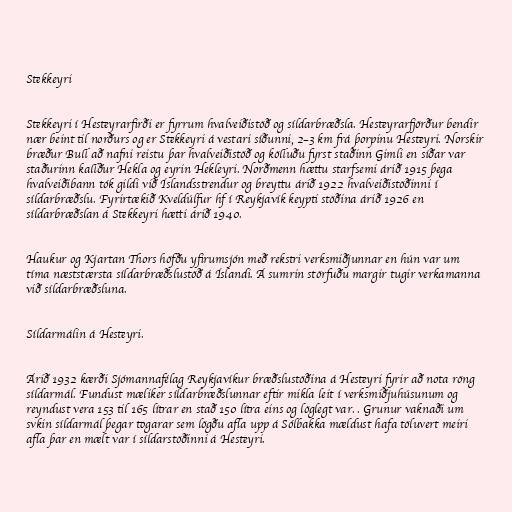
Stekkeyri

Stekkeyri í Hesteyrarfirði er fyrrum hvalveiðistöð og síldarbræðsla. Hesteyrarfjörður bendir
nær beint til norðurs og er Stekkeyri á vestari síðunni, 2–3 km frá þorpinu Hesteyri. Norskir
bræður Bull að nafni reistu þar hvalveiðistöð og kölluðu fyrst staðinn Gimli en síðar var
staðurinn kallður Hekla og eyrin Hekleyri. Norðmenn hættu starfsemi árið 1915 þega
hvalveiðibann tók gildi við Íslandsstrendur og breyttu árið 1922 hvalveiðistöðinni í
síldarbræðslu. Fyrirtækið Kveldúlfur hf í Reykjavík keypti stöðina árið 1926 en
síldarbræðslan á Stekkeyri hætti árið 1940.

Haukur og Kjartan Thors höfðu yfirumsjón með rekstri verksmiðjunnar en hún var um
tíma næststærsta síldarbræðslustöð á Íslandi. Á sumrin störfuðu margir tugir verkamanna
við síldarbræðsluna.

Síldarmálin á Hesteyri.

Árið 1932 kærði Sjómannafélag Reykjavíkur bræðslustöðina á Hesteyri fyrir að nota röng
síldarmál. Fundust mæliker síldarbræðslunnar eftir mikla leit í verksmiðjuhúsunum og
reyndust vera 153 til 165 lítrar en stað 150 lítra eins og löglegt var. . Grunur vaknaði um
svkin síldarmál þegar togarar sem lögðu afla upp á Sólbakka mældust hafa töluvert meiri
afla þar en mælt var í síldarstöðinni á Hesteyri.